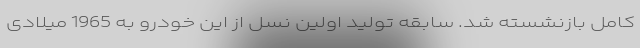
کامل بازنشسته شد. سابقه تولید اولین نسل از این خودرو به 1965 میلادی